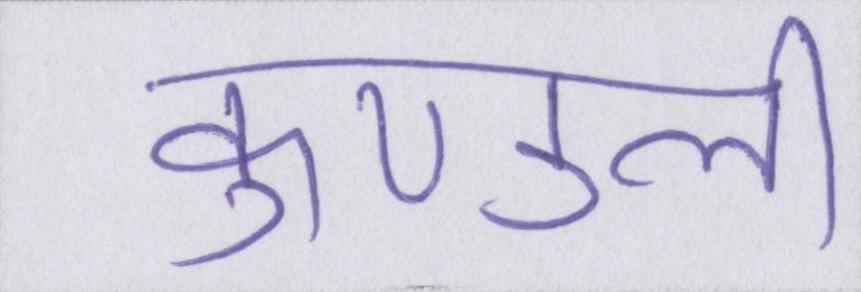
कुण्डली